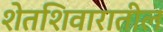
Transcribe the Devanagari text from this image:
शेतशिवारातील